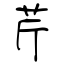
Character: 芹